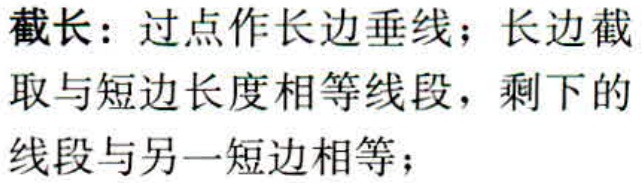
截长：过点作长边垂线；长边截取与短边长度相等线段，剩下的线段与另一短边相等；